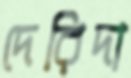
দেরিদা